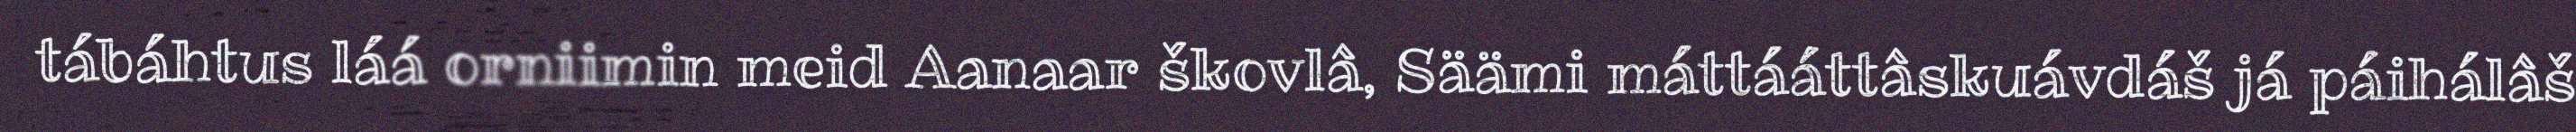
tábáhtus láá orniimin meid Aanaar škovlâ, Säämi máttááttâskuávdáš já páihálâš